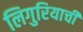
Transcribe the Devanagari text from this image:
लिगुरियाची